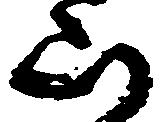
山